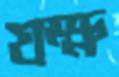
যক্ষ